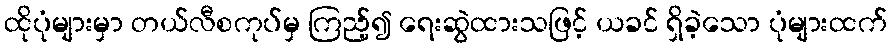
ထိုပုံများမှာ တယ်လီစကုပ်မှ ကြည့်၍ ရေးဆွဲထားသဖြင့် ယခင် ရှိခဲ့သော ပုံများထက်